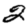
Digit: 2